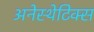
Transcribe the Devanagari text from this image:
अनेस्थेटिक्स